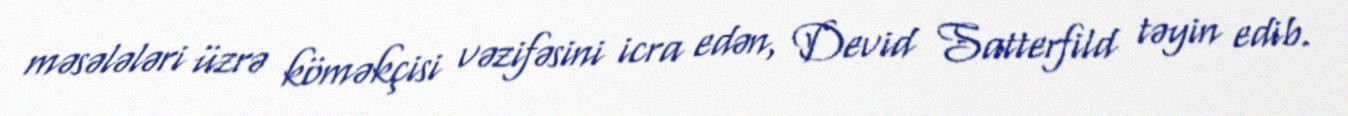
məsələləri üzrə köməkçisi vəzifəsini icra edən, Devid Satterfild təyin edib.